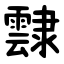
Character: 霴